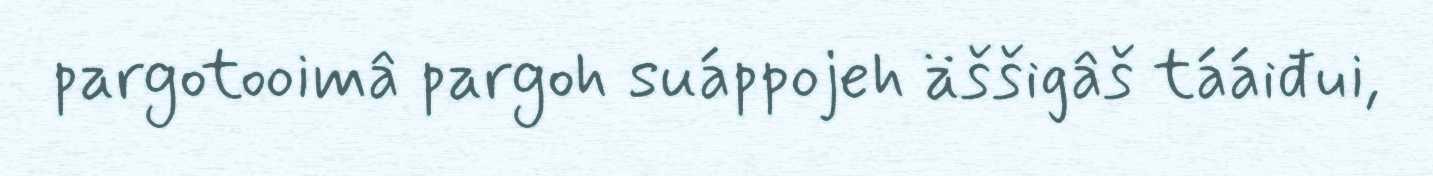
pargotooimâ pargoh suáppojeh äššigâš tááiđui,